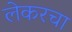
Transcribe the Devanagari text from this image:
लेकरचा